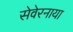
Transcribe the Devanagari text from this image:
सेवेरनाया